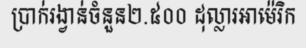
ប្រាក់រង្វាន់ចំនួន២.៥០០ ដុល្លារអាម៉េរិក